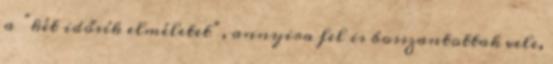
a “két idősík elméletet”, annyira fel is bosszantottak vele,